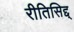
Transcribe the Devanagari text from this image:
रीतिसिद्द्